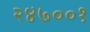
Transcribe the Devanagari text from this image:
२४७००१